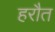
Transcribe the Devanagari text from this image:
हरौत